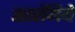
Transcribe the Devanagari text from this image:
सारंगिये